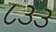
૮૩૩